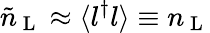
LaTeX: \tilde{n}_{\mathrm{~L~}}\approx\langle{l^{\dagger}l}\rangle\equiv n_{\mathrm{~L~}}